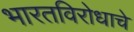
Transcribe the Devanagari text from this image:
भारतविरोधाचे